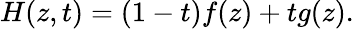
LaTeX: H(z,t)=(1-t)f(z)+tg(z).